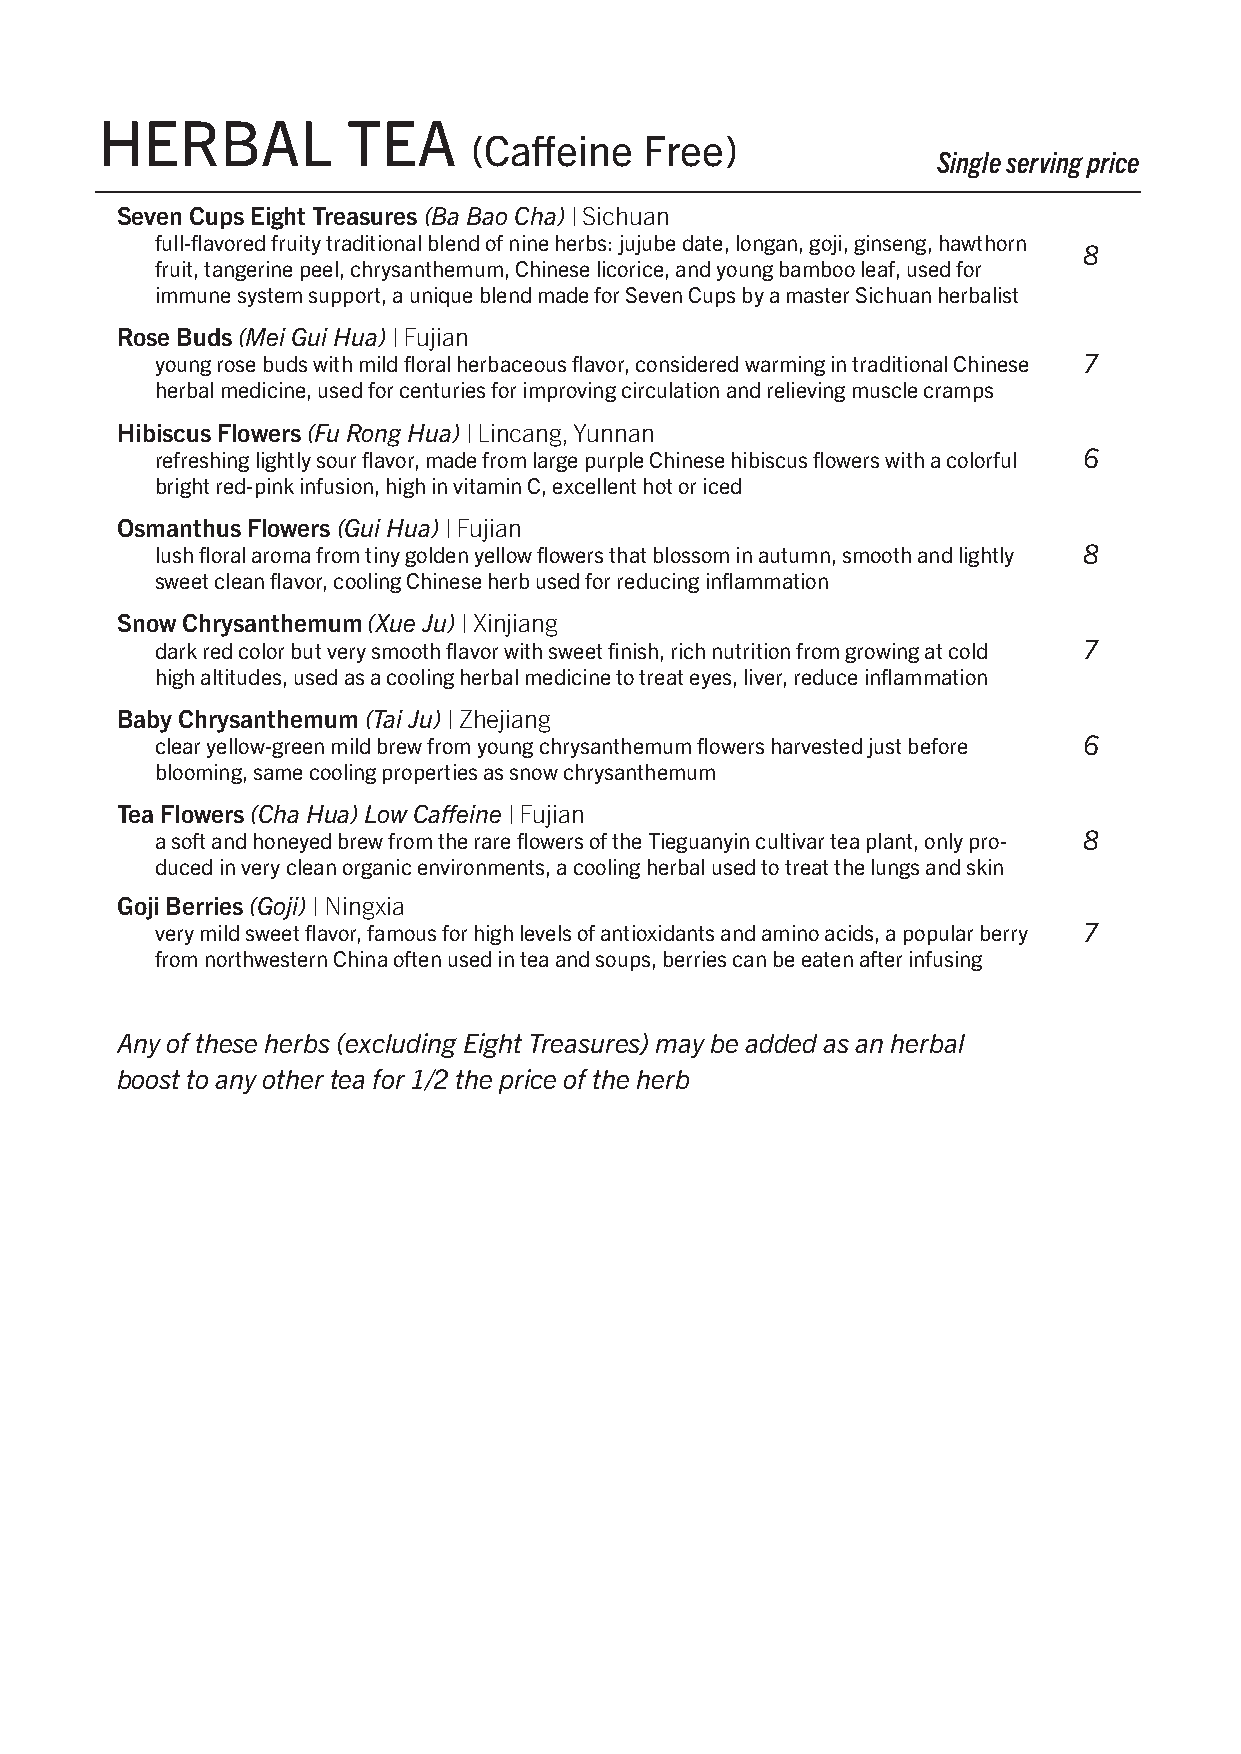
HERBAL          TEA
 (Caffeine   Free)
 Single serving price
 Seven Cups Eight Treasures (Ba Bao Cha) | Sichuan
 full-flavored fruity traditional blend of nine herbs: jujube date, longan, goji, ginseng, hawthorn
 8
 fruit, tangerine peel, chrysanthemum, Chinese licorice, and young bamboo leaf, used for
 immune system support, a unique blend made for Seven Cups by a master Sichuan herbalist
 Rose Buds (Mei Gui Hua) | Fujian
 young rose buds with mild floral herbaceous flavor, considered warming in traditional Chinese 7
 herbal medicine, used for centuries for improving circulation and relieving muscle cramps
 Hibiscus Flowers (Fu Rong Hua) | Lincang, Yunnan
 refreshing lightly sour flavor, made from large purple Chinese hibiscus flowers with a colorful 6
 bright red-pink infusion, high in vitamin C, excellent hot or iced
 Osmanthus Flowers (Gui Hua) | Fujian
 lush floral aroma from tiny golden yellow flowers that blossom in autumn, smooth and lightly 8
 sweet clean flavor, cooling Chinese herb used for reducing inflammation
 Snow Chrysanthemum (Xue Ju) | Xinjiang
 dark red color but very smooth flavor with sweet finish, rich nutrition from growing at cold 7
 high altitudes, used as a cooling herbal medicine to treat eyes, liver, reduce inflammation
 Baby Chrysanthemum (Tai Ju) | Zhejiang
 clear yellow-green mild brew from young chrysanthemum flowers harvested just before 6
 blooming, same cooling properties as snow chrysanthemum
 Tea Flowers (Cha Hua) Low Caffeine | Fujian
 a soft and honeyed brew from the rare flowers of the Tieguanyin cultivar tea plant, only pro- 8
 duced in very clean organic environments, a cooling herbal used to treat the lungs and skin
 Goji Berries (Goji) | Ningxia
 very mild sweet flavor, famous for high levels of antioxidants and amino acids, a popular berry 7
 from northwestern China often used in tea and soups, berries can be eaten after infusing
 Any of these herbs (excluding Eight Treasures) may be added as an herbal
 boost to any other tea for 1/2 the price of the herb